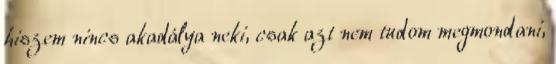
hiszem nincs akadálya neki, csak azt nem tudom megmondani,